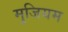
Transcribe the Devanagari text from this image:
मुजियम